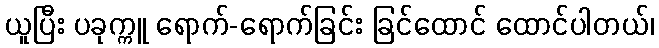
ယူပြီး ပခုက္ကူ ရောက်-ရောက်ခြင်း ခြင်ထောင် ထောင်ပါတယ်၊